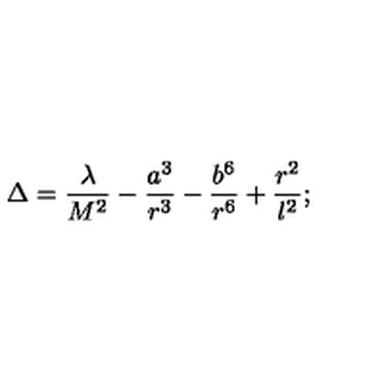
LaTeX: \Delta = \frac { \lambda } { M ^ { 2 } } - \frac { a ^ { 3 } } { r ^ { 3 } } - \frac { b ^ { 6 } } { r ^ { 6 } } + \frac { r ^ { 2 } } { l ^ { 2 } } ;